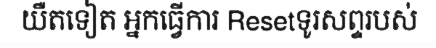
យឺតទៀត អ្នកធ្វើការ Resetទូរសព្ទរបស់